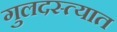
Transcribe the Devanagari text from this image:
गुलदस्त्यात